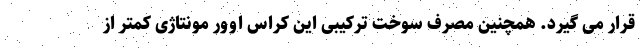
قرار می گیرد. همچنین مصرف سوخت ترکیبی این کراس اوور مونتاژی کمتر از